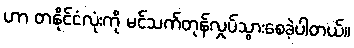
ဟာ တနိုင်ငံလုံးကို မင်သက်တုန်လှုပ်သွားစေခဲ့ပါတယ်။